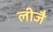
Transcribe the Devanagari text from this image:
लीजै